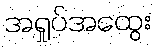
အရှုပ်အထွေး